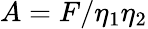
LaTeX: A=F/\eta_{1}\eta_{2}